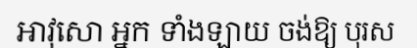
អាវុសោ អ្នក ទាំងឡាយ ចង់ឱ្យ បុរស